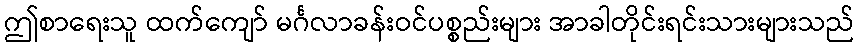
ဤစာရေးသူ ထက်ကျော် မင်္ဂလာခန်းဝင်ပစ္စည်းများ အာခါတိုင်းရင်းသားများသည်